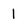
Character: l